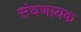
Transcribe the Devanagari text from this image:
संघणायक